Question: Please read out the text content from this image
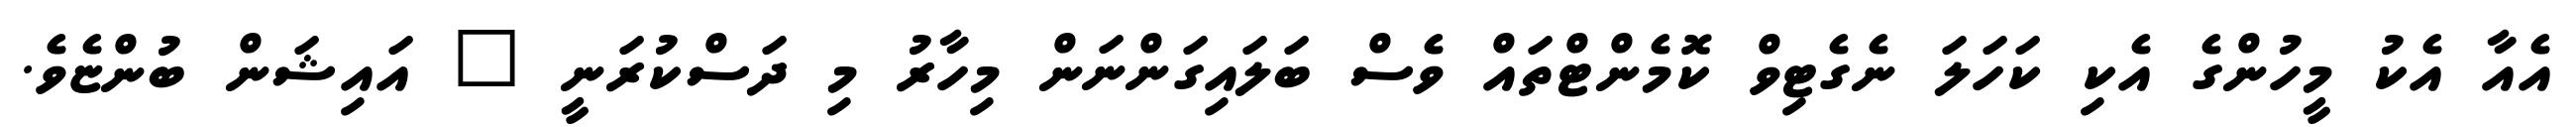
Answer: އެއާ އެކު މީހުންގެ އެކި ކަހަލަ ނެގެޓިވް ކޮމެންޓްތައް ވެސް ބަލައިގަންނަން މިހާރު މި ދަސްކުރަނީ " އައިޝަން ބުންޏެވެ.